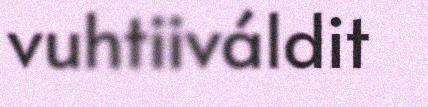
vuhtiiváldit